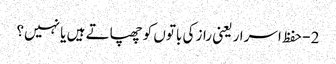
2- حفظ اسرار یعنی راز کی باتوں کو چھپاتے ہیں یا نہیں؟